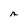
Character: A